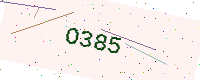
Text: O385